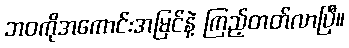
ဘဝကိုအကောင်းအမြင်နဲ့ ကြည့်တတ်လာပြီ။